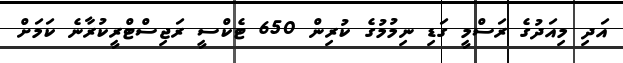
އަދި މިއަދުގެ ރަސްމީ ގަޑި ނިމުމުގެ ކުރިން 650 ޓެކްސީ ރަޖިސްޓްރީކުރާނެ ކަމަށް